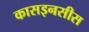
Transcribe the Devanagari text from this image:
कासइनसीस